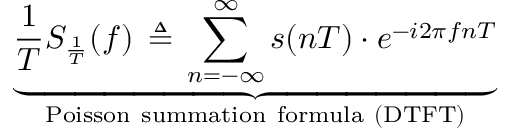
\underbrace { { \frac { 1 } { T } } S _ { \frac { 1 } { T } } ( f ) \, \triangleq \, \sum _ { n = - \infty } ^ { \infty } s ( n T ) \cdot e ^ { - i 2 \pi f n T } } _ { \mathrm { P o i s s o n ~ s u m m a t i o n ~ f o r m u l a ~ ( D T F T ) } }